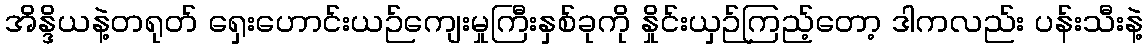
အိန္ဒိယနဲ့တရုတ် ရှေးဟောင်းယဉ်ကျေးမှုကြီးနှစ်ခုကို နှိုင်းယှဉ်ကြည့်တော့ ဒါကလည်း ပန်းသီးနဲ့